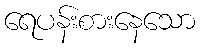
ရေပန်းစားနေသော